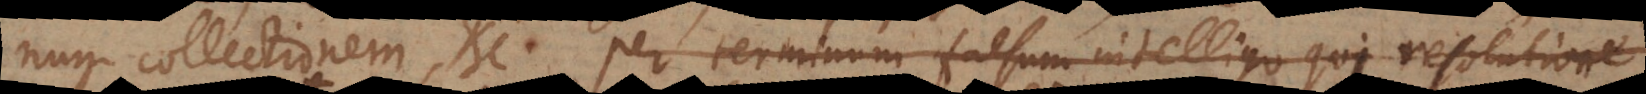
num collectionem, etc. Per terminum falsum intelligo qui resolutione